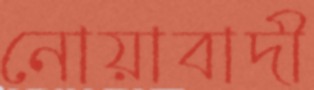
নোয়াবাদী